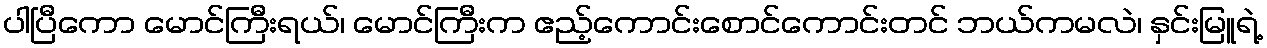
ပါပြီကော မောင်ကြီးရယ်၊ မောင်ကြီးက ဧည့်ကောင်းစောင်ကောင်းတင် ဘယ်ကမလဲ၊ နှင်းမြူရဲ့